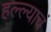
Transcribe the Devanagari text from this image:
हल्ल्याचं